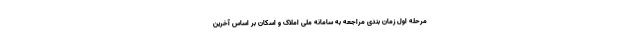
مرحله اول زمان بندی مراجعه به سامانه ملی املاک و اسکان بر اساس آخرین